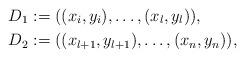
LaTeX: \begin{align*}D_1&:=((x_i,y_i),\ldots,(x_l,y_l)),\\D_2&:=((x_{l+1},y_{l+1}),\ldots,(x_n,y_n)),\end{align*}